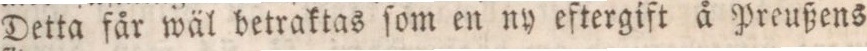
Detta får wäl betraktas ſom en ny eftergift å Preußens